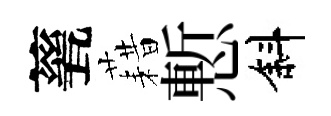
甆藉慙斜